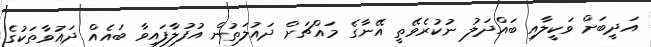
އަދީބަށް ވަކީލާއި ބައްދަލު ނުކުރެވޭތީ އޭނާގެ މައްޗަށް ދައުލަތުން އުފުލާފައިވާ ބައެއް ދައުވާތަކުގެ